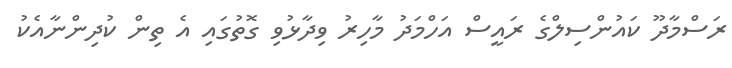
ރަސްމާދޫ ކައުންސިލްގެ ރައީސް އަހްމަދު މާހިރު ވިދާޅުވި ގޮތުގައި އެ ތިން ކުދިންނާއެކު